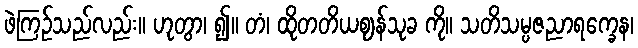
ဖဲကြဉ်သည်လည်း။ ဟုတွာ၊ ၍။ တံ၊ ထိုတတိယဈန်သုခ ကို။ သတိသမ္ပဇညာရက္ခေန၊